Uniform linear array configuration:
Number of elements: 12
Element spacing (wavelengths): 0.25
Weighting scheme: blackman
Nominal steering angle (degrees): -15
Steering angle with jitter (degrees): -16.561
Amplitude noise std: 0.05
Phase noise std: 0.05

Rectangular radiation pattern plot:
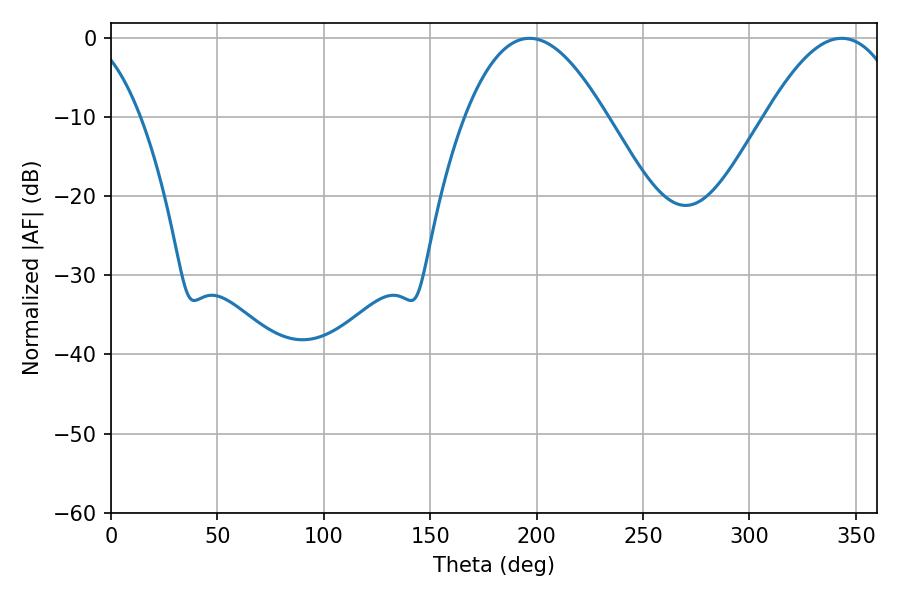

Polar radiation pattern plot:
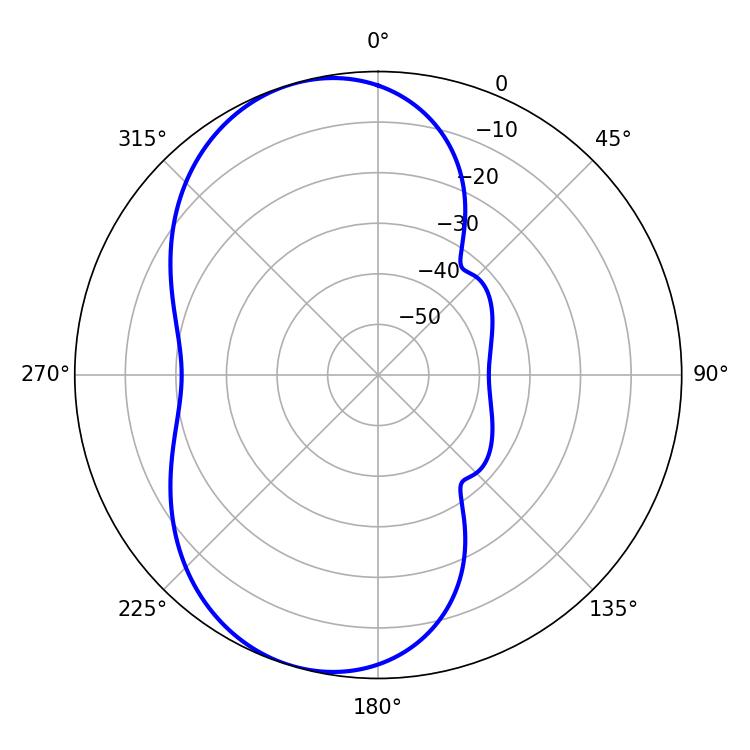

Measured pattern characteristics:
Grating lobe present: FALSE
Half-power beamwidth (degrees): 36.18
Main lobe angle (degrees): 196.74